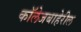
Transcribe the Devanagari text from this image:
कॉलेजबाहेरील